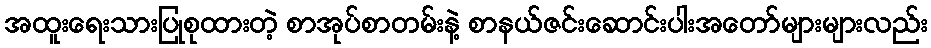
အထူးရေးသားပြုစုထားတဲ့ စာအုပ်စာတမ်းနဲ့ စာနယ်ဇင်းဆောင်းပါးအတော်များများလည်း